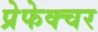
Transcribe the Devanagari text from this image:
प्रेफेक्चर